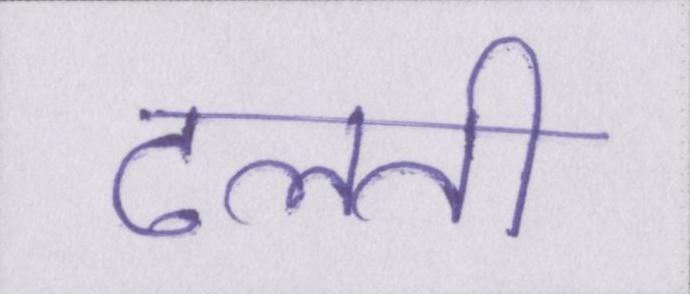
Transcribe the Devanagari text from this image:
ढलती